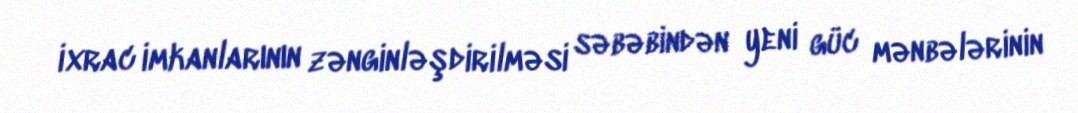
ixrac imkanlarının zənginləşdirilməsi səbəbindən yeni güc mənbələrinin